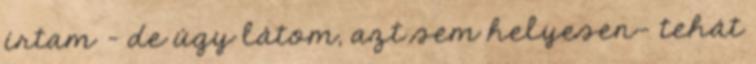
írtam - de úgy látom, azt sem helyesen- tehát